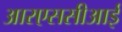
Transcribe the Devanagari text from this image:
आरएससीआई